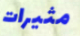
مثيرات